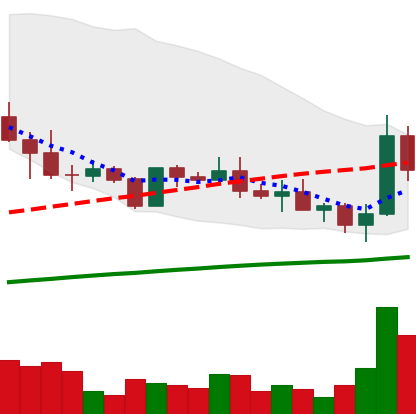
Ticker: ADA-USD
Chart end date: 2019-05-12
Forward return: 18.797%
Label: up_7plus